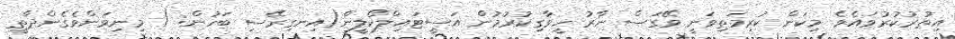
އިތުރުކުރުވައެވެ. މިކަން ކުރިމަތިވަނީ ވޭގަސް ނާރު ހީވާގިކުރުމުން އަސީޓައިލްކޯލީން(އިނގިރޭސި ބަހުން: ) މިނިވަންވެގެންދާތީ